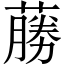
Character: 蕂